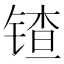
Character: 𬭠